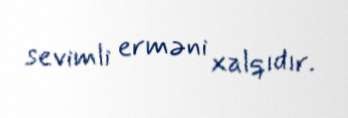
sevimli erməni xalqıdır.